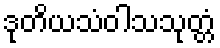
ဒုတိယသံဝါသသုတ္တံ